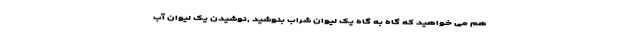
هم می خواهید که گاه به گاه یک لیوان شراب بنوشید ,نوشیدن یک لیوان آب